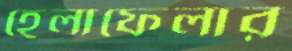
হেলাফেলার